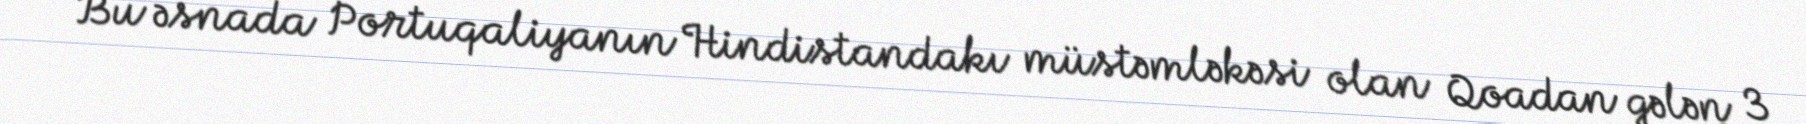
Bu əsnada Portuqaliyanın Hindistandakı müstəmləkəsi olan Qoadan gələn 3